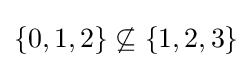
\{0,1,2\}\not \subseteq \{1,2,3\}